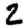
Digit: 2